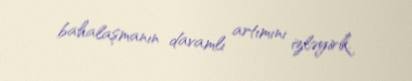
bahalaşmanın davamlı artımını izləyirik.